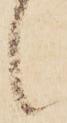
候